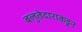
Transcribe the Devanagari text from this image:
बलुतेदाराकडून